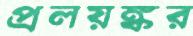
প্রলয়ঙ্কর